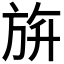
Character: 𣃬